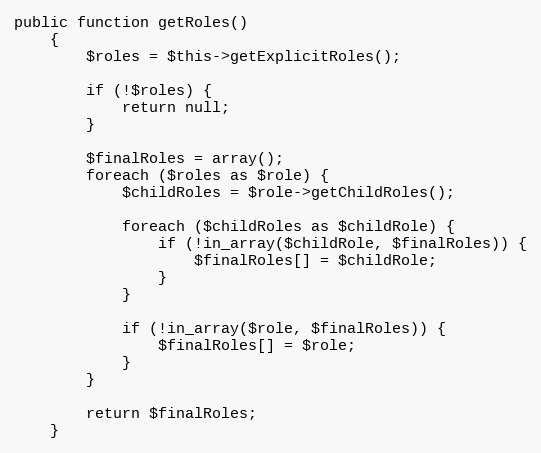
Language: PHP
public function getRoles()
    {
        $roles = $this->getExplicitRoles();

        if (!$roles) {
            return null;
        }

        $finalRoles = array();
        foreach ($roles as $role) {
            $childRoles = $role->getChildRoles();

            foreach ($childRoles as $childRole) {
                if (!in_array($childRole, $finalRoles)) {
                    $finalRoles[] = $childRole;
                }
            }

            if (!in_array($role, $finalRoles)) {
                $finalRoles[] = $role;
            }
        }

        return $finalRoles;
    }